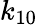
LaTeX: k_{10}